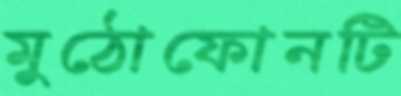
মুঠোফোনটি